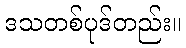
ဒသတစ်ပုဒ်တည်း။